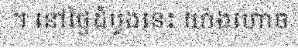
។ នៅថ្ងៃដំបូងនេះ យ៉ាងហោច